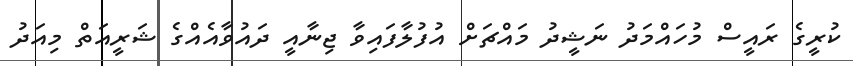
ކުރީގެ ރައީސް މުހައްމަދު ނަޝީދު މައްޗަށް އުފުލާފައިވާ ޖިނާއީ ދައުވާއެއްގެ ޝަރީއަތް މިއަދު